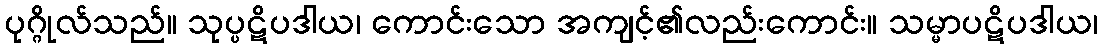
ပုဂ္ဂိုလ်သည်။ သုပ္ပဋိပဒါယ၊ ကောင်းသော အကျင့်၏လည်းကောင်း။ သမ္မာပဋိပဒါယ၊